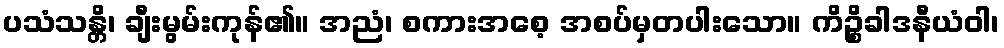
ပသံသန္တိ၊ ချီးမွမ်းကုန်၏။ အညံ၊ စကားအစေ့ အစပ်မှတပါးသော။ ကိဉ္စိခါဒနီယံဝါ၊